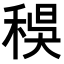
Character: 𥟔